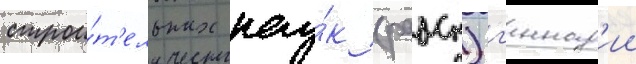
строи́т'ельных нау́к (раасн) г'еннад'ии